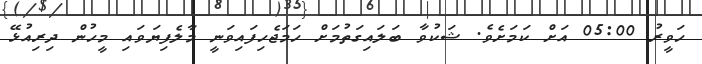
ހަވީރު 05:00 އަށް ކަމަށެވެ. ޝަކުވާ ބަލައިގަތުމަށް ހަމަޖެހިފައިވަނީ މާލެފިޔަވައި މީހުން ދިރިއުޅޭ